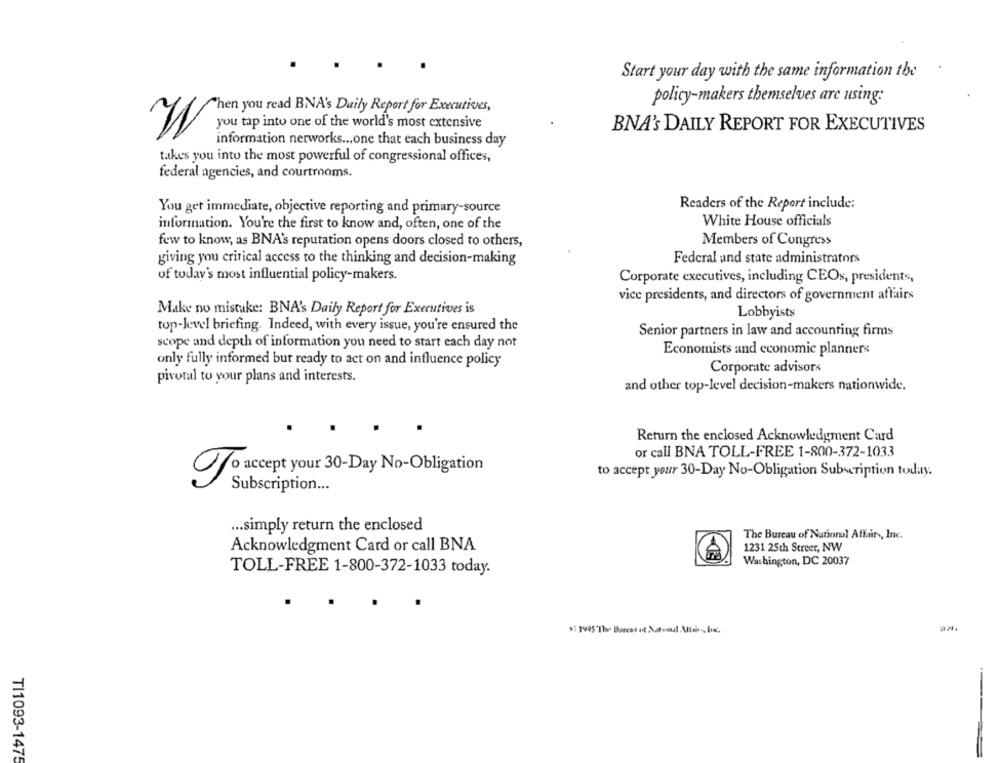
Start your day with the same information the
policy-makers themselves are using:
Then you read BNA's Daily Report for Executives,
you tap into one of the world's most extensive
BNA's DAILY REPORT FOR EXECUTIVES
W
information networks ... one that each business day
takes you into the most powerful of congressional offices,
federal agencies, and courtrooms.
Readers of the Report include:
You get immediate, objective reporting and primary-source
White House officials
information. You're the first to know and, often, one of the
few to know, as BNA's reputation opens doors closed to others,
Members of Congress
giving you critical access to the thinking and decision-making
Federal and state administrators
of today's most influential policy-makers.
Corporate executives, including CEOs, presidents,
vice presidents, and directors of government affairs
Make no mistake: BNA's Daily Report for Executives is
Lobbyists
top-level briefing. Indeed, with every issue, you're ensured the
Senior partners in law and accounting firms
scope and depth of information you need to start each day not
Economists and economic planners
only fully informed but ready to act on and influence policy
Corporate advisors
pivotal to your plans and interests.
and other top-level decision-makers nationwide.
Return the enclosed Acknowledgment Card
or call BNA TOLL-FREE 1-800-372-1033
to accept your 30-Day No-Obligation Subscription today.
To accept your 30-Day No-Obligation
Subscription ...
... simply return the enclosed
The Bureau of National Affair, Inc.
Acknowledgment Card or call BNA
1231 25th Street, NW
Washington, DC 20037
TOLL-FREE 1-800-372-1033 today.
TI1093-1475